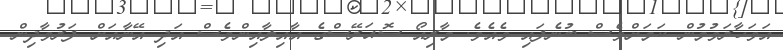
އަވަހާރަވުމުން ކަމަށްވެސް ބުނެފައި ވެއެވެ. މާރިއޯ ސޮއަރޭސްގެ އާއިލާއިންވެސް އަދި އޭނާއަށް ފަރުވާދިން